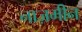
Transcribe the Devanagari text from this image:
नाज़मीन